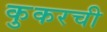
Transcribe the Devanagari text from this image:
कुकरची